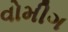
વોમીગ